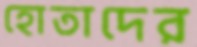
হোতাদের